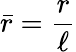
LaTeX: \bar{r}=\frac{r}{\ell}